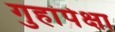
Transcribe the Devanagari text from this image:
गुहांपेक्षा